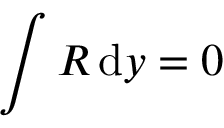
\int R { \, \mathrm { { d } } } y = 0